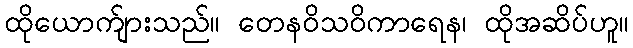
ထိုယောက်ျားသည်။ တေနဝိသဝိကာရေန၊ ထိုအဆိပ်ဟူ။